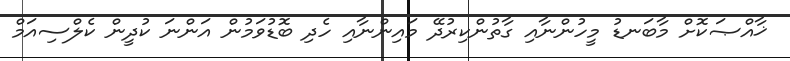
ޚާއްޞަކޮށް މާބަނޑު މީހުންނާއި ގާތުންކިރުދޭ މައިންނާއި ހެދި ބޮޑުވަމުން އަންނަ ކުދީން ކެލްސިއަމް